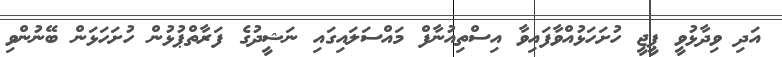
އަދި ވިދާޅުވީ ޕީޖީ ހުށަހަޅުއްވާފައިވާ އިސްތިއުނާފް މައްސަލައިގައި ނަޝީދުގެ ފަރާތްޕުޅުން ހުށަހަޅަން ބޭނުންވި